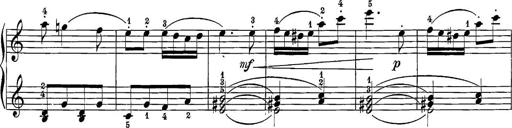
Title: 12 Sonatine per Pianoforte
Composer: Friedrich Kuhlau